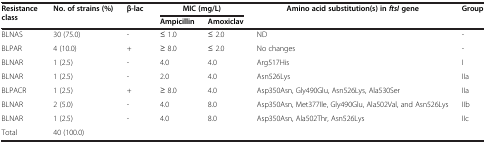
| Resistance class | No. of strains (%) | β-lac | <COLSPAN=2> MIC (mg/L) | Amino acid substitution(s) in ftsI gene | Group |
 |  |  |  | Ampicillin | Amoxiclav |  |  |
 | --- | --- | --- | --- | --- | --- | --- |
 | BLNAS | 30 (75.0) | - | ≤ 1.0 | ≤ 2.0 | ND | - |
 | BLPAR | 4 (10.0) | + | ≥ 8.0 | ≤ 2.0 | No changes | - |
 | BLNAR | 1 (2.5) | - | 4.0 | 4.0 | Arg517His | I |
 | BLNAR | 1 (2.5) | - | 2.0 | 4.0 | Asn526Lys | IIa |
 | BLPACR | 1 (2.5) | + | ≥ 8.0 | 4.0 | Asp350Asn, Gly490Glu, Asn526Lys, Ala530Ser | IIa |
 | BLNAR | 2 (5.0) | - | 4.0 | 8.0 | Asp350Asn, Met377Ile, Gly490Glu, Ala502Val, and Asn526Lys | IIb |
 | BLNAR | 1 (2.5) | - | 4.0 | 8.0 | Asp350Asn, Ala502Thr, Asn526Lys | IIc |
 | Total | 40 (100.0) |  |  |  |  |  |